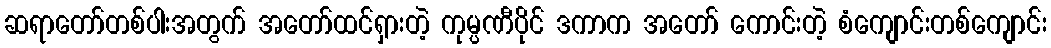
ဆရာတော်တစ်ပါးအတွက် အတော်ထင်ရှားတဲ့ ကုမ္ပဏီပိုင် ဒကာက အတော် ကောင်းတဲ့ စံကျောင်းတစ်ကျောင်း